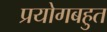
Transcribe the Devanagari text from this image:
प्रयोगबहुत